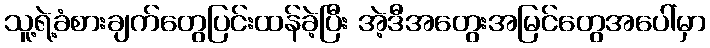
သူ့ရဲ့ခံစားချက်တွေပြင်းထန်ခဲ့ပြီး အဲ့ဒီအတွေးအမြင်တွေအပေါ်မှာ